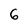
Character: 6